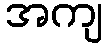
အကျ